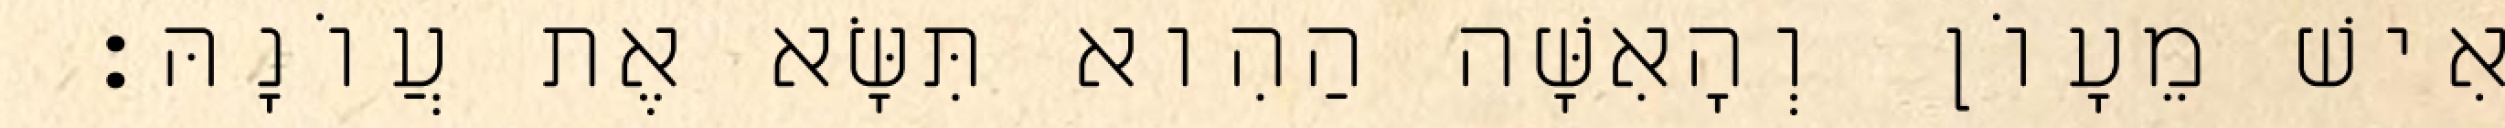
הָאִישׁ מֵעָוֹן וְהָאִשָּׁה הַהִוא תִּשָּׂא אֶת עֲוֹנָהּ׃